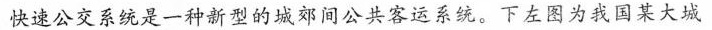
快速公交系统是一种新型的城郊间公共客运系统。下左图为我国某大城